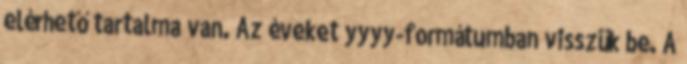
elérhető tartalma van. Az éveket yyyy-formátumban visszük be. A